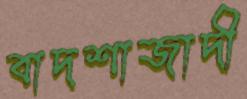
বাদশাজাদী